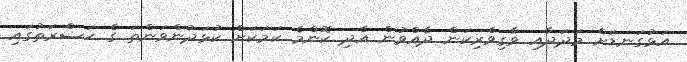
އަޅުގަނޑަށް މަދަދާއި ވާގިވެރިކަން ދެއްވުން އެދި ކޮންމެ ކަމަކަށް ކުޅަދުންވަންތަ ގެ ޙަޟްރަތުގައި